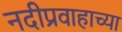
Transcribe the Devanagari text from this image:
नदीप्रवाहाच्या